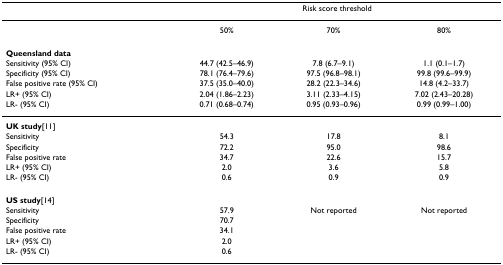
<table><thead><tr><td></td><td colspan="3"><b>Risk score threshold</b></td></tr></thead><tbody><tr><td></td><td>50%</td><td>70%</td><td>80%</td></tr><tr><td><b>Queensland data</b></td><td></td><td></td><td></td></tr><tr><td>Sensitivity (95% CI)</td><td>44.7 (42.5–46.9)</td><td>7.8 (6.7–9.1)</td><td>1.1 (0.1–1.7)</td></tr><tr><td>Specificity (95% CI)</td><td>78.1 (76.4–79.6)</td><td>97.5 (96.8–98.1)</td><td>99.8 (99.6–99.9)</td></tr><tr><td>False positive rate (95% CI)</td><td>37.5 (35.0–40.0)</td><td>28.2 (22.3–34.6)</td><td>14.8 (4.2–33.7)</td></tr><tr><td>LR+ (95% CI)</td><td>2.04 (1.86–2.23)</td><td>3.11 (2.33–4.15)</td><td>7.02 (2.43–20.28)</td></tr><tr><td>LR- (95% CI)</td><td>0.71 (0.68–0.74)</td><td>0.95 (0.93–0.96)</td><td>0.99 (0.99–1.00)</td></tr><tr><td><b>UK study</b>[11]</td><td></td><td></td><td></td></tr><tr><td>Sensitivity</td><td>54.3</td><td>17.8</td><td>8.1</td></tr><tr><td>Specificity</td><td>72.2</td><td>95.0</td><td>98.6</td></tr><tr><td>False positive rate</td><td>34.7</td><td>22.6</td><td>15.7</td></tr><tr><td>LR+ (95% CI)</td><td>2.0</td><td>3.6</td><td>5.8</td></tr><tr><td>LR- (95% CI)</td><td>0.6</td><td>0.9</td><td>0.9</td></tr><tr><td><b>US study</b>[14]</td><td></td><td></td><td></td></tr><tr><td>Sensitivity</td><td>57.9</td><td>Not reported</td><td>Not reported</td></tr><tr><td>Specificity</td><td>70.7</td><td></td><td></td></tr><tr><td>False positive rate</td><td>34.1</td><td></td><td></td></tr><tr><td>LR+ (95% CI)</td><td>2.0</td><td></td><td></td></tr><tr><td>LR- (95% CI)</td><td>0.6</td><td></td><td></td></tr></tbody></table>